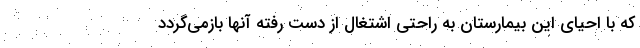
که با احیای این بیمارستان به راحتی اشتغال از دست رفته آنها بازمی‌گردد